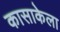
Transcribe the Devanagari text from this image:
कासाकेला